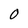
Character: 0